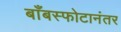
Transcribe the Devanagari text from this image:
बाँबस्फोटानंतर